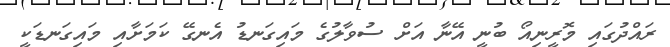
ރައްދުގައި މޮރީނިއޯ ބުނީ އޭނާ އަށް ސުވާލުގެ މައިގަނޑު އެނގޭ ކަމަށާއި މައިގަނޑަކީ